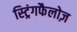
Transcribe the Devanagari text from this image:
स्ट्रिंगफैलोज़